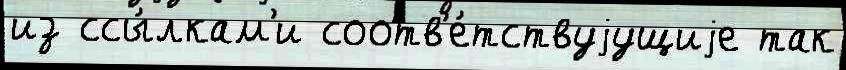
из ссы́лкам'и соотв'е́тствуjущиjе так